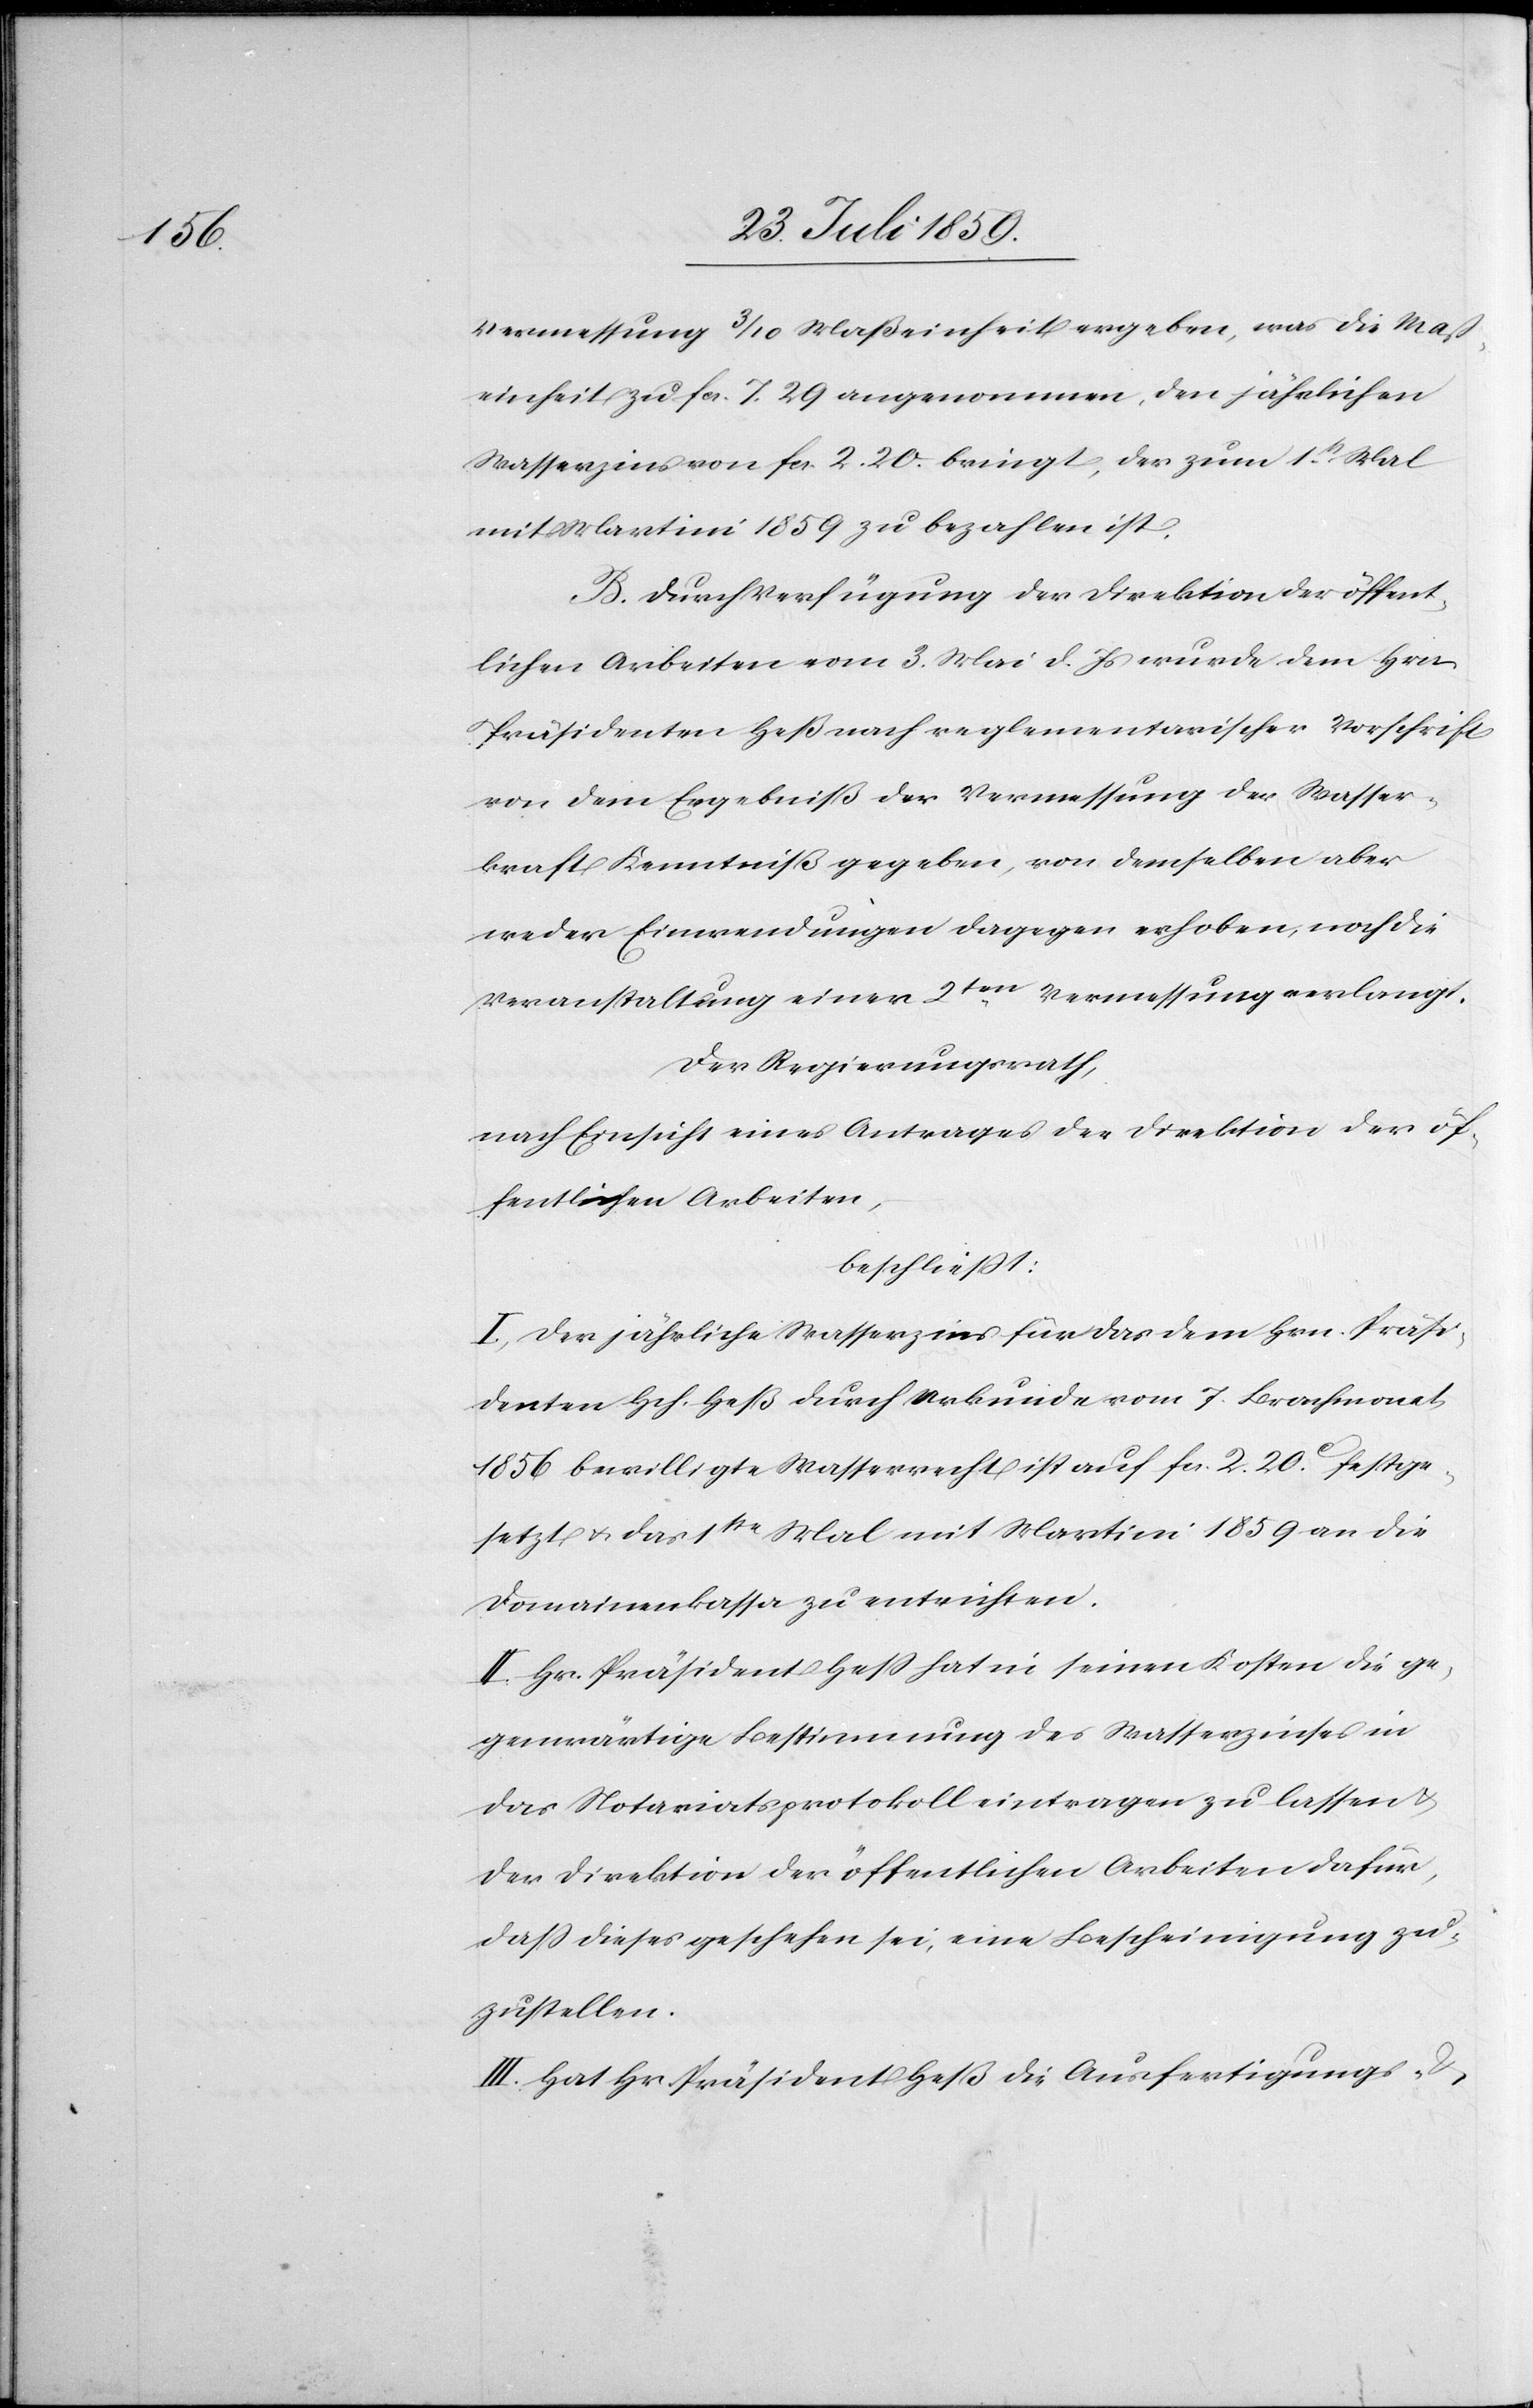
Vermessung 3/10 Maßeinheit ergeben, was die Maß¬
einheit zu fcs. 7. 29 angenommen, den jährlichen
Wasserzins von fcs. 2.20. bringt, der zum 1t[en] Mal
mit Martini 1859 zu bezahlen ist.
B. Durch Verfügung der Direktion der öffent¬
lichen Arbeiten vom 3. Mai d. Js. wurde dem Hrn.
Präsidenten Heß nach reglementarischer Vorschrift
von dem Ergebniß der Vermessung der Wasser¬
kraft Kenntniß gegeben, von demselben aber
weder Einwendungen dagegen erhoben, noch die
Veranstaltung einer 2ten. Vermessung verlangt.
Der Regierungsrath,
nach Einsicht eines Antrages der Direktion der öf¬
fentlichen Arbeiten,
beschließt:
I. Der jährliche Wasserzins für das dem Hrn. Präsi¬
denten Hch. Heß durch Urkunde vom 7. Brachmonat
1856 bewilligte Wasserrecht ist auf fcs. 2. 20. festge¬
setzt u. das 1ste. Mal mit Martini 1859 an die
Domainenkassa zu entrichten.
II. Hr. Präsident Heß hat in seinen Kosten die ge¬
genwärtige Bestimmung des Wasserzinses in
das Notariatsprotokoll eintragen zu lassen u.
der Direktion der öffentlichen Arbeiten dafür,
daß dieses geschehen sei, eine Bescheinigung zu¬
zustellen.
III. Hat Hr. Präsident Heß die Ausfertigungs-